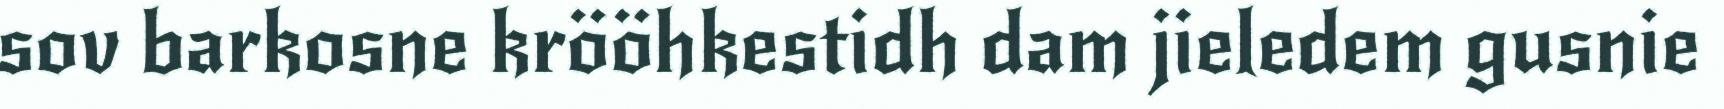
sov barkosne krööhkestidh dam jieledem gusnie